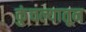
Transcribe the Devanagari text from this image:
कुंचल्यातून